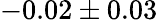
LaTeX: -0.02\pm 0.03